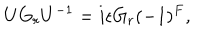
LaTeX: U G _ { r } U ^ { - 1 } = i \epsilon G _ { r } ( - 1 ) ^ { F } ,